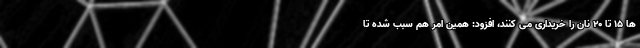
ها ۱۵ تا ۲۰ نان را خریداری می کنند، افزود: همین امر هم سبب شده تا